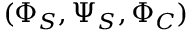
( \Phi _ { S } , \Psi _ { S } , \Phi _ { C } )